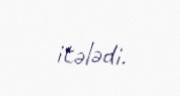
itələdi.